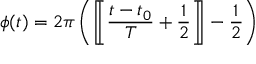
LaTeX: \phi ( t ) = 2 \pi \left( \left[ \! \! \left[ { \frac { t - t _ { 0 } } { T } } + { \frac { 1 } { 2 } } \right] \! \! \right] - { \frac { 1 } { 2 } } \right)